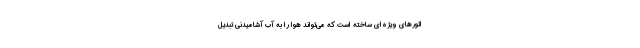
اتور‌های ویژه‌ای ساخته است که می‌تواند هوا را به آب آشامیدنی تبدیل